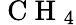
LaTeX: {\mathrm{~C~H~}_{4}}